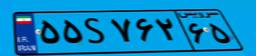
۷۹S۶۶۴۸۰